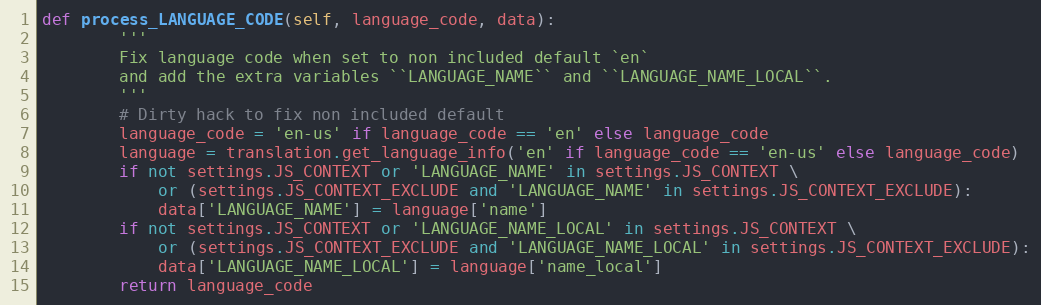
Language: Python
def process_LANGUAGE_CODE(self, language_code, data):
        '''
        Fix language code when set to non included default `en`
        and add the extra variables ``LANGUAGE_NAME`` and ``LANGUAGE_NAME_LOCAL``.
        '''
        # Dirty hack to fix non included default
        language_code = 'en-us' if language_code == 'en' else language_code
        language = translation.get_language_info('en' if language_code == 'en-us' else language_code)
        if not settings.JS_CONTEXT or 'LANGUAGE_NAME' in settings.JS_CONTEXT \
            or (settings.JS_CONTEXT_EXCLUDE and 'LANGUAGE_NAME' in settings.JS_CONTEXT_EXCLUDE):
            data['LANGUAGE_NAME'] = language['name']
        if not settings.JS_CONTEXT or 'LANGUAGE_NAME_LOCAL' in settings.JS_CONTEXT \
            or (settings.JS_CONTEXT_EXCLUDE and 'LANGUAGE_NAME_LOCAL' in settings.JS_CONTEXT_EXCLUDE):
            data['LANGUAGE_NAME_LOCAL'] = language['name_local']
        return language_code